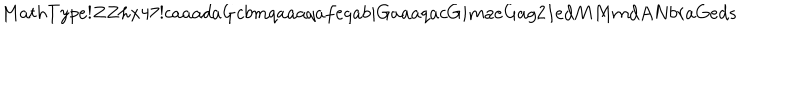
LaTeX: M a t h T y p e ! Z Z h x 4 7 ! c a a a d a G c b m q a a a q a f e q a b i G a a a q a c G i m a e G a g 2 I e d M M m d A N b r a G e d s